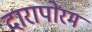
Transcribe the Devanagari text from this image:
दारापोरम